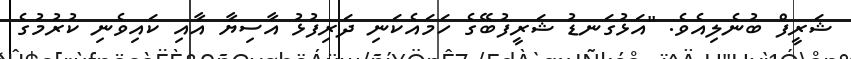
ޝަރީފް ބުނެލިއެވެ. "އަޅުގަނޑު ޝަރީފުބޭގެ ހަމައެކަނި ދަރިފުޅު އާސިޔާ އާއި ކައިވެނި ކުރުމުގެ